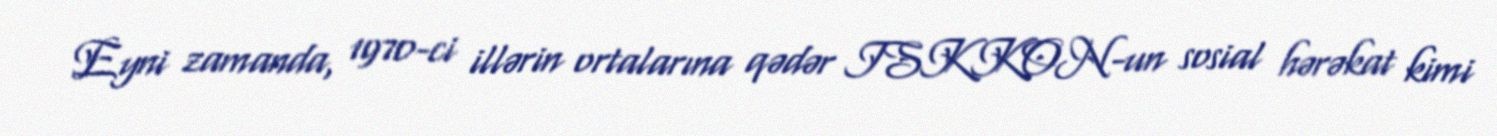
Eyni zamanda, 1970-ci illərin ortalarına qədər ISKKON-un sosial hərəkat kimi